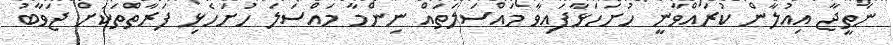
ނަތީޖާ އިއުލާން ކުރައްވާނީ ހުށަހަޅާފައިވާ މައްސަލަތައް ނިންމާ މައްސަލަ ހުށަހެޅި ފަރާތްތަކަށް ޖަވާބު